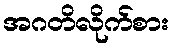
အဂတိလိုက်စား